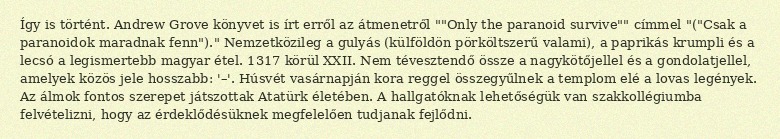
Így is történt. Andrew Grove könyvet is írt erről az átmenetről ""Only the paranoid survive"" címmel "("Csak a paranoidok maradnak fenn")." Nemzetközileg a gulyás (külföldön pörköltszerű valami), a paprikás krumpli és a lecsó a legismertebb magyar étel. 1317 körül XXII. Nem tévesztendő össze a nagykötőjellel és a gondolatjellel, amelyek közös jele hosszabb: '–'. Húsvét vasárnapján kora reggel összegyűlnek a templom elé a lovas legények. Az álmok fontos szerepet játszottak Atatürk életében. A hallgatóknak lehetőségük van szakkollégiumba felvételizni, hogy az érdeklődésüknek megfelelően tudjanak fejlődni.